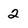
Character: 2